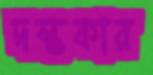
দস্তকার